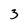
Character: 3